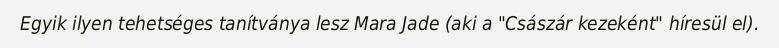
Egyik ilyen tehetséges tanítványa lesz Mara Jade (aki a "Császár kezeként" híresül el).